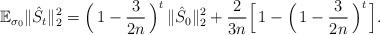
LaTeX: \begin{align*}\mathbb{E}_{\sigma_{0}}\Vert \hat{S}_{t}\Vert_{2}^{2} = \Big(\,1-\frac{3}{2n}\,\Big)^{t}\,\Vert \hat{S}_{0}\Vert_{2}^{2} + \frac{2}{3n}\Big[\,1-\Big(\,1-\frac{3}{2n}\,\Big)^{t}\,\Big].\end{align*}